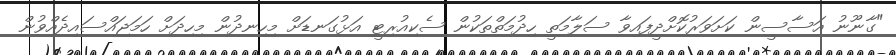
"ގާނޫނު އަސާސީން ކަށަވަރުކޮށްދީފައިވާ ސަލާމަތީ ހިދުމަތްތަކުން ސެކިއުރިޓީ އަޅުގަނޑަށް މިހިނދުން މިހިދަށް ހަމަޖައްސައިދެއްވުން